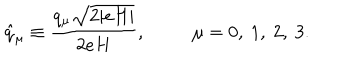
\hat { q } _ { \mu } \equiv \frac { q _ { \mu } \sqrt { 2 | e H | } } { 2 e H } , ~ \mu = 0 , ~ 1 , ~ 2 , ~ 3 .